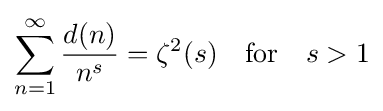
\sum _{n=1}^{\infty }{\frac {d(n)}{n^{s}}}=\zeta ^{2}(s)\quad {\text{for}}\quad s>1